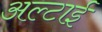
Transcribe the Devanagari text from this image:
अल्टाई